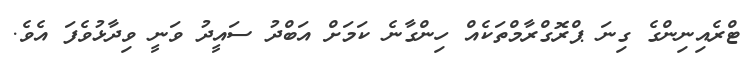
ޓްރެއިނިންގެ ގިނަ ޕްރޮގްރާމްތަކެއް ހިންގާނެ ކަމަށް އަބްދު ސައީދު ވަނީ ވިދާޅުވެފަ އެވެ.